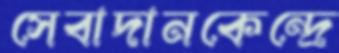
সেবাদানকেন্দ্রে